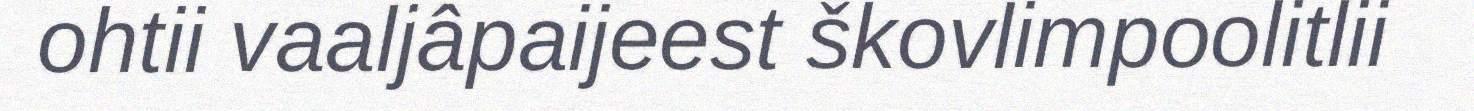
ohtii vaaljâpaijeest škovlimpoolitlii